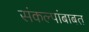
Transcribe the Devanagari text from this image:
संकल्पांबाबत